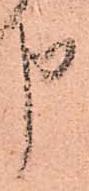
申